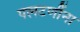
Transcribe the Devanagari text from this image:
पलटणींना